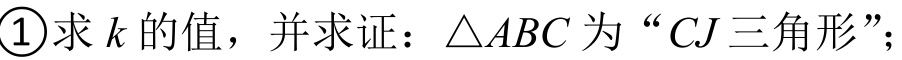
\textcircled{1}求 \(k\) 的值，并求证：\(\triangle ABC\) 为 “\(CJ\)三角形”；